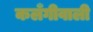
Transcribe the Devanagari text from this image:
कलँगीवाली